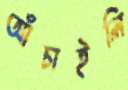
আঁচাইলি